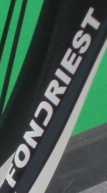
FONCRIEST